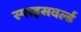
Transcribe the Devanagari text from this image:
स्पाइसवर्ल्ड